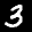
Label: 3